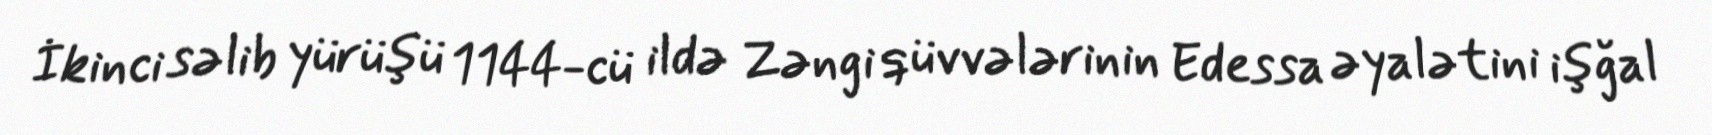
İkinci səlib yürüşü 1144-cü ildə Zəngi qüvvələrinin Edessa əyalətini işğal